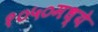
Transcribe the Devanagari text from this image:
१०५०मध्ये